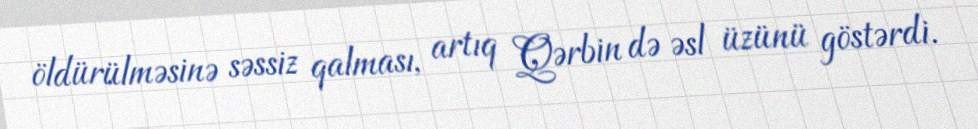
öldürülməsinə səssiz qalması, artıq Qərbin də əsl üzünü göstərdi.